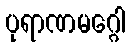
ပုရာဏမဂ္ဂေါ